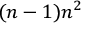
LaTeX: ( n - 1 ) n ^ { 2 }